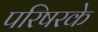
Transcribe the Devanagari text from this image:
परिषरके